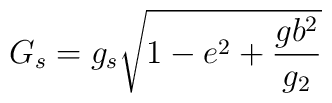
G_s=g_s\sqrt{1-e^2+\frac{gb^2}{g_2}}